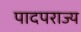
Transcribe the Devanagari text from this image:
पादपराज्य